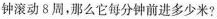
钟滚动8周，那么它每分钟前进多少米?